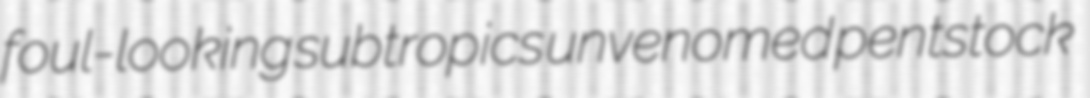
foul-looking subtropics unvenomed pentstock